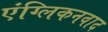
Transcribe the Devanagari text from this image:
एंग्लिकनवाद